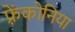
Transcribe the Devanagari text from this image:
फ़्रेंकोनिया